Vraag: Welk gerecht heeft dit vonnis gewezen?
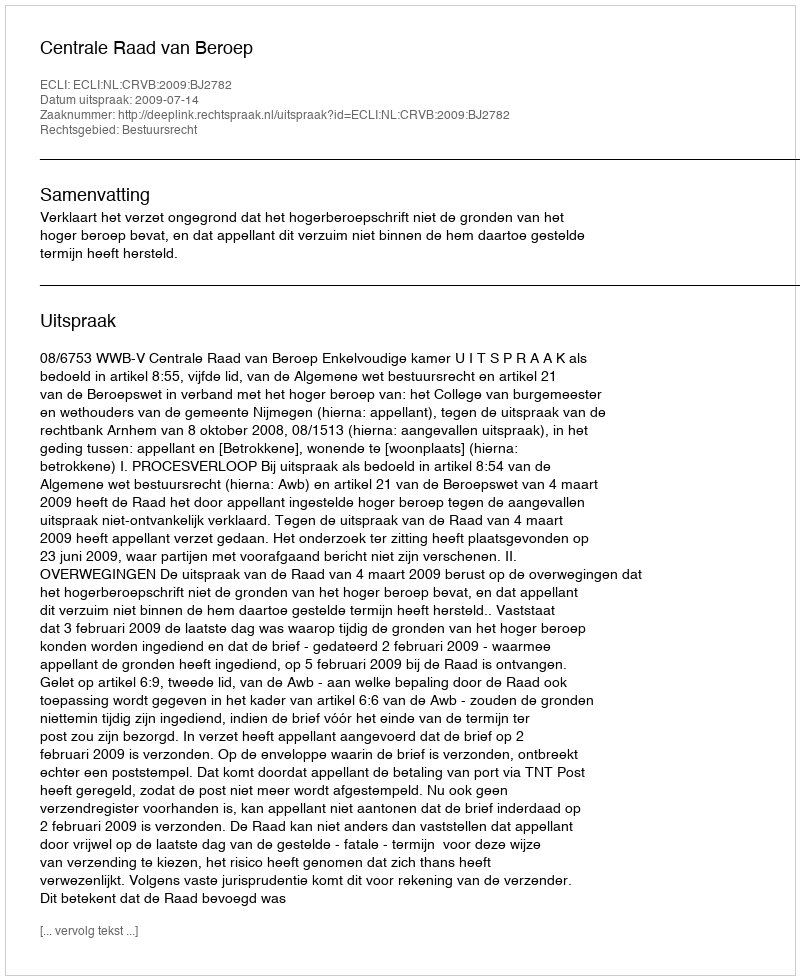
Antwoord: Centrale Raad van Beroep